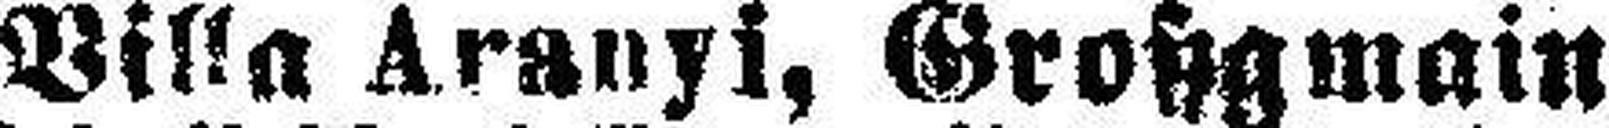
Villa Aranyi, Großgmain